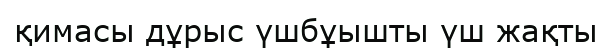
қимасы дұрыс үшбұышты үш жақты